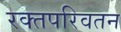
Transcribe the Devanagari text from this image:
रक्तपरिवतन